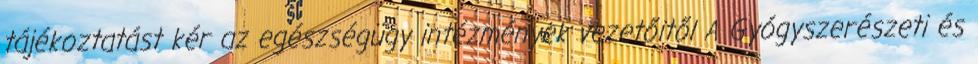
tájékoztatást kér az egészségügy intézmények vezetőitől A Gyógyszerészeti és